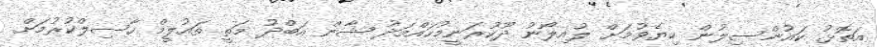
އަތޮޅު ކައުންސިލުން ކިޔެވުމަށް ލުއިލޯނު ދޫކުރަނީމުހައްމަދު ޝާން އަބްދު މަތީ ތައުލީމް ހާސިލްކުރުމަށް